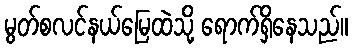
မွတ်စလင်နယ်မြေထဲသို့ ရောက်ရှိနေသည်။